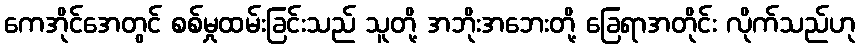
ကေအိုင်အေတွင် စစ်မှုထမ်းခြင်းသည် သူတို့ အဘိုးအဘေးတို့ ခြေရာအတိုင်း လိုက်သည်ဟု